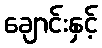
ချောင်းနှင့်